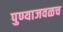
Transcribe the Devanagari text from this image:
पुण्याजवळच